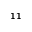
^ { 1 1 }